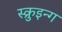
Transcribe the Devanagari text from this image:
स्क्रुइन्ग